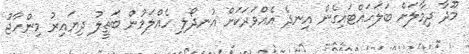
މޫދާ ދިމާލަށް ބަލަހައްޓައިގެން އިނދެ އެއްވަރަކަށް އުނދޯލި ހެއްލަމުން ބަތީލު ދިޔައިރު މިންހާޖު